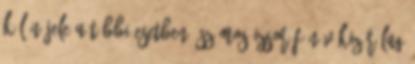
külön jele a többi esetben. Számos izsor főnév kizárólag